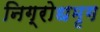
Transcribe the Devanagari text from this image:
निग्रोधमृग